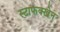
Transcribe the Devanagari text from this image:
स्टाफक्खेन